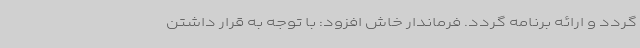
گردد و ارائه برنامه گردد. فرماندار خاش افزود: با توجه به قرار داشتن